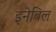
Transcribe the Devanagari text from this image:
इनेबिल